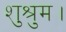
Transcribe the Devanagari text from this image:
शुश्रुम।